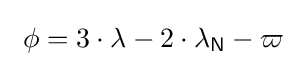
\ \phi =3\cdot \lambda -2\cdot \lambda _{\mathsf {N}}-\varpi \